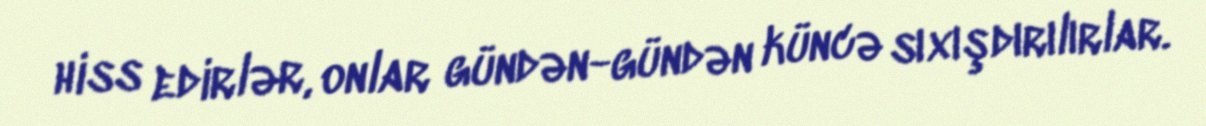
hiss edirlər, onlar gündən-gündən küncə sıxışdırılırlar.